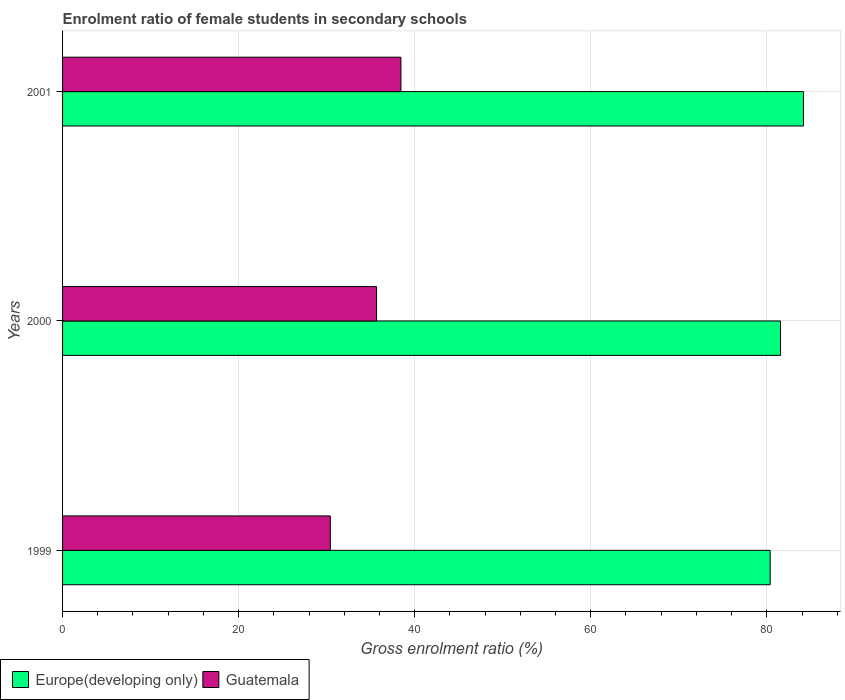
| Years | Europe(developing only) | Guatemala |
 | --- | --- | --- |
 | 1999 | 80.4 | 30.4 |
 | 2000 | 81.6 | 35.7 |
 | 2001 | 84.2 | 38.4 |